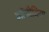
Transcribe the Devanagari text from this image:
ऑजीजिया